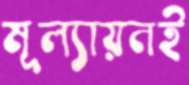
মূল্যায়নই